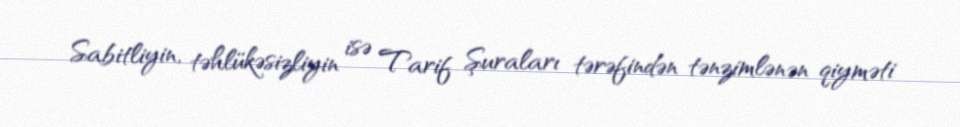
Sabitliyin, təhlükəsizliyin isə Tarif Şuraları tərəfindən tənzimlənən qiyməti